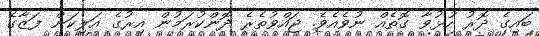
ބައިގެ ދޮރު ހުޅުވާ ގޮތެއް ނުވެއެވެ. ޖައްވުތެރެ ދޮންކުރަމުން އިރުގެ އަލިކަން ފަޒާގެ